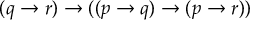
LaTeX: ( q \to r ) \to ( ( p \to q ) \to ( p \to r ) )